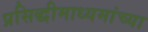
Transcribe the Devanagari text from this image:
प्रसिद्धीमाध्यमांच्या